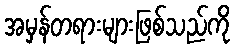
အမှန်တရားများဖြစ်သည်ကို